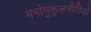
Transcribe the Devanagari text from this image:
मनोनुकूलनीतियों